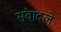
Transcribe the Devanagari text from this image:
संवादले